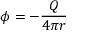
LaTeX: \phi = - { \frac { Q } { 4 \pi r } }